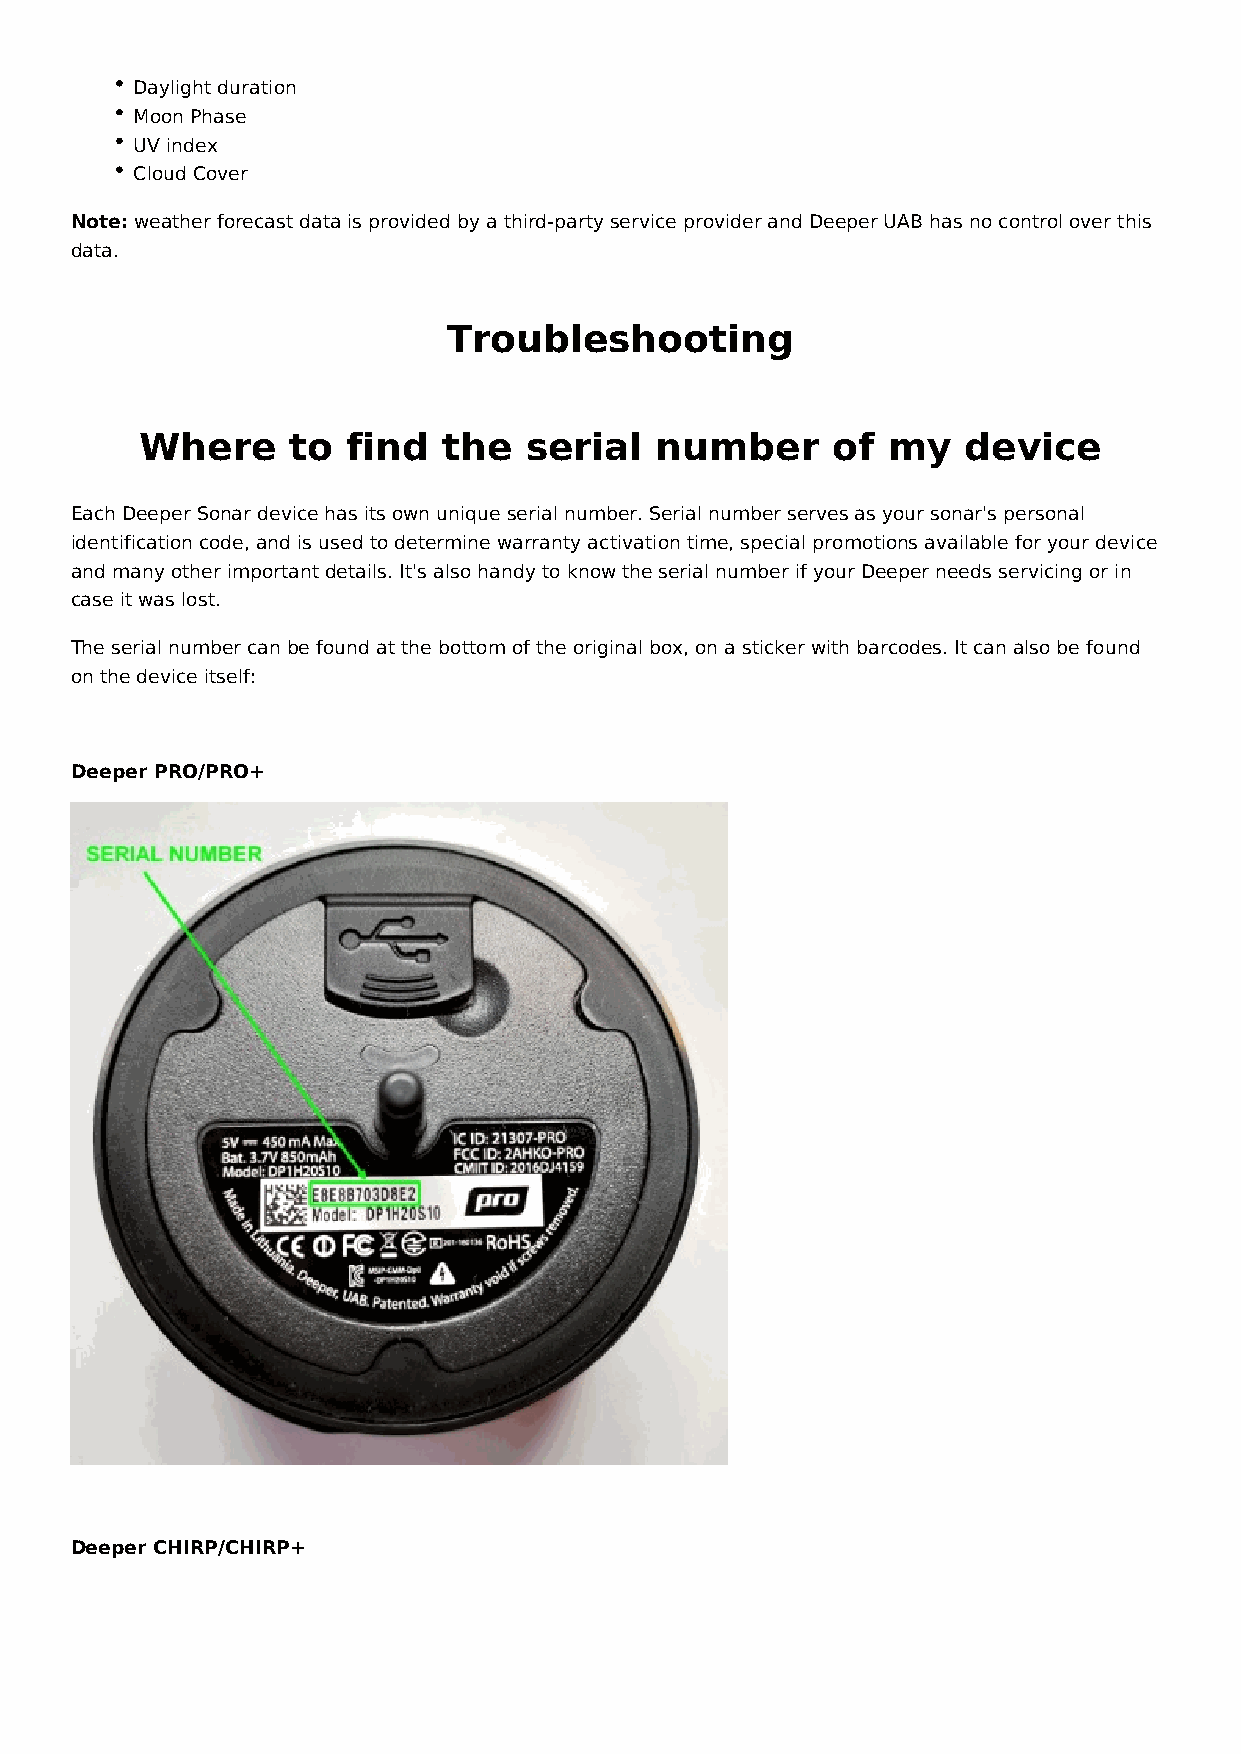
Daylight duration
 Moon Phase
 UV index
 Cloud Cover
 Note: weather forecast data is provided by a third-party service provider and Deeper UAB has no control over this
 data.
 Troubleshooting
 Where     to  find  the   serial  number      of  my   device
 Each Deeper Sonar device has its own unique serial number. Serial number serves as your sonar's personal
 identification code, and is used to determine warranty activation time, special promotions available for your device
 and many other important details. It's also handy to know the serial number if your Deeper needs servicing or in
 case it was lost.
 The serial number can be found at the bottom of the original box, on a sticker with barcodes. It can also be found
 on the device itself:
 Deeper PRO/PRO+
 Deeper CHIRP/CHIRP+